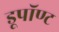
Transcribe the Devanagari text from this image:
डूपॉण्ट